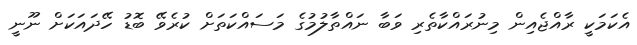
އެކަމަކީ ރާއްޖެއިން މިނުރައްކާތެރި ވަބާ ނައްތާލުމުގެ މަސައްކަތަށް ކުރެވޭ ބޮޑު ހޭދައަކަށް ނޫނީ